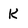
Character: K